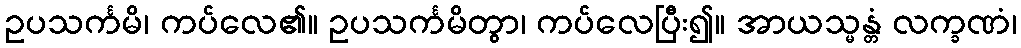
ဥပသင်္ကမိ၊ ကပ်လေ၏။ ဥပသင်္ကမိတွာ၊ ကပ်လေပြီး၍။ အာယသ္မန္တံ လက္ခဏံ၊